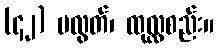
(၄၂) မလွတ်၊ ထုလ္လစည်း။